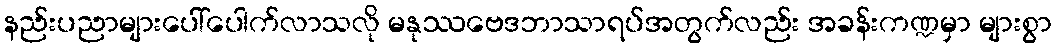
နည်းပညာများပေါ်ပေါက်လာသလို မနုဿဗေဒဘာသာရပ်အတွက်လည်း အခန်းကဏ္ဍမှာ များစွာ